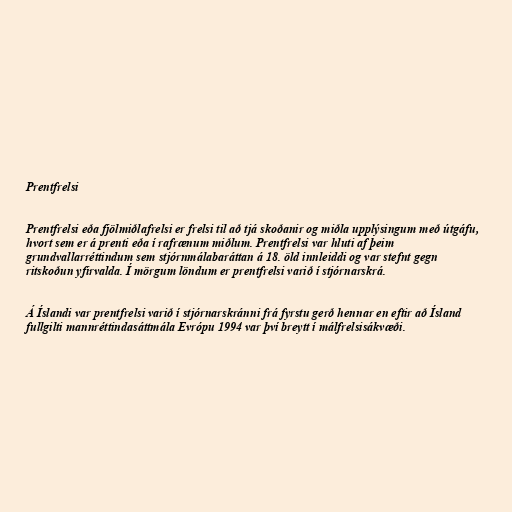
Prentfrelsi

Prentfrelsi eða fjölmiðlafrelsi er frelsi til að tjá skoðanir og miðla upplýsingum með útgáfu,
hvort sem er á prenti eða í rafrænum miðlum. Prentfrelsi var hluti af þeim
grundvallarréttindum sem stjórnmálabaráttan á 18. öld innleiddi og var stefnt gegn
ritskoðun yfirvalda. Í mörgum löndum er prentfrelsi varið í stjórnarskrá.

Á Íslandi var prentfrelsi varið í stjórnarskránni frá fyrstu gerð hennar en eftir að Ísland
fullgilti mannréttindasáttmála Evrópu 1994 var því breytt í málfrelsisákvæði.